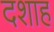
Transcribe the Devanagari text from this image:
दशाह